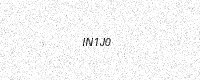
Text: IN1J0